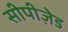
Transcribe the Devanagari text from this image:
सीपीज़ेड